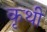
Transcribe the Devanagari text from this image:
कृथी